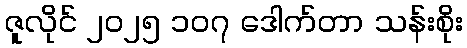
ဇူလိုင် ၂၀၂၅ ၁၀၇ ဒေါက်တာ သန်းစိုး